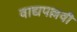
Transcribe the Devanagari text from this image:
वाद्यपल्लवी